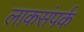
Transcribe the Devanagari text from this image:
लाकसंपर्क